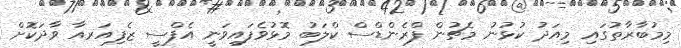
މިމުބާރާތުގައި މިއަދު ކުޅުނު މެޗުން ފްރެންޑްސް ކްލަބު މޮޅުވެފައިވަނީ އެފްސީ ޒެފިއަރއާ ވާދަކޮށް